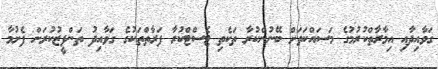
ގަވާއިދާއި އިމާރާތްކުރުމުގެ މަސައްކަތަށް ބޭނުންކުރާ ތަކެތި ޓެސްޓްކުރާ ފަރާތްތަކުގެ ގަވާއިދު ތަންފީޒުކުރަން ފެށުމާ